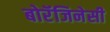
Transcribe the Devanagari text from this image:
बोरॅजिनेसी